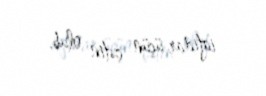
iqtidar üçün çətin olub.